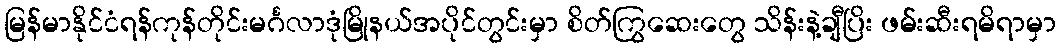
မြန်မာနိုင်ငံရန်ကုန်တိုင်းမင်္ဂလာဒုံမြိုနယ်အပိုင်တွင်းမှာ စိတ်ကြွဆေးတွေ သိန်းနဲ့ချီပြိး ဖမ်းဆီးရမိရာမှာ